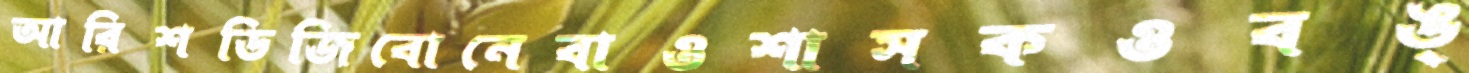
আরিশডিজিবোনেবাওশাসকওবঙ্